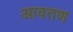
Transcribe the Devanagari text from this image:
आवतण